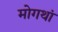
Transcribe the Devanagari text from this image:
मोगथां